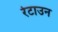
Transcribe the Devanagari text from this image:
रेटाउन